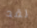
لقد